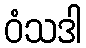
ဝံသဒါ